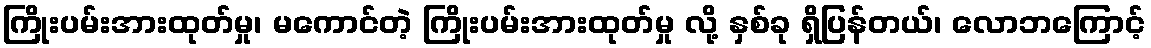
ကြိုးပမ်းအားထုတ်မှု၊ မကောင်တဲ့ ကြိုးပမ်းအားထုတ်မှု လို့ နှစ်ခု ရှိပြန်တယ်၊ လောဘကြောင့်